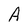
Character: A